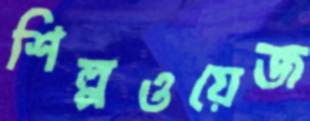
শিল্পওয়েজ